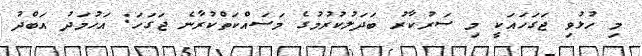
މި ހުޅުވި ޖަގަހައަކީ މި ސަރުކާރު ބަދަލުކުރުމުގެ މަސައްކަތްކުރާނެ ޖަގަހަ: އަހުމަދު އަބްދު